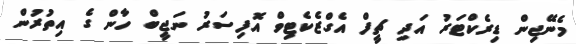
މެނޭޖިން ޑިރެކްޓަރު އަދި ޗީފް އެގްޒެކެޓިވް އޮފިސަރު ނަޖީބް ހާން ގެ އިތުރުން